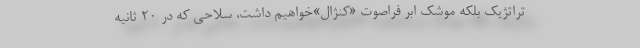
تراتژیک بلکه موشک ابر فراصوت «کنژال»خواهیم داشت، سلاحی که در ۲۰ ثانیه